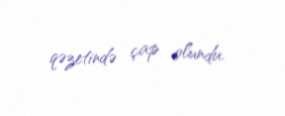
qəzetində çap olundu.